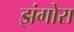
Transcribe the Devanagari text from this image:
झंगोरा